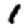
Digit: 1